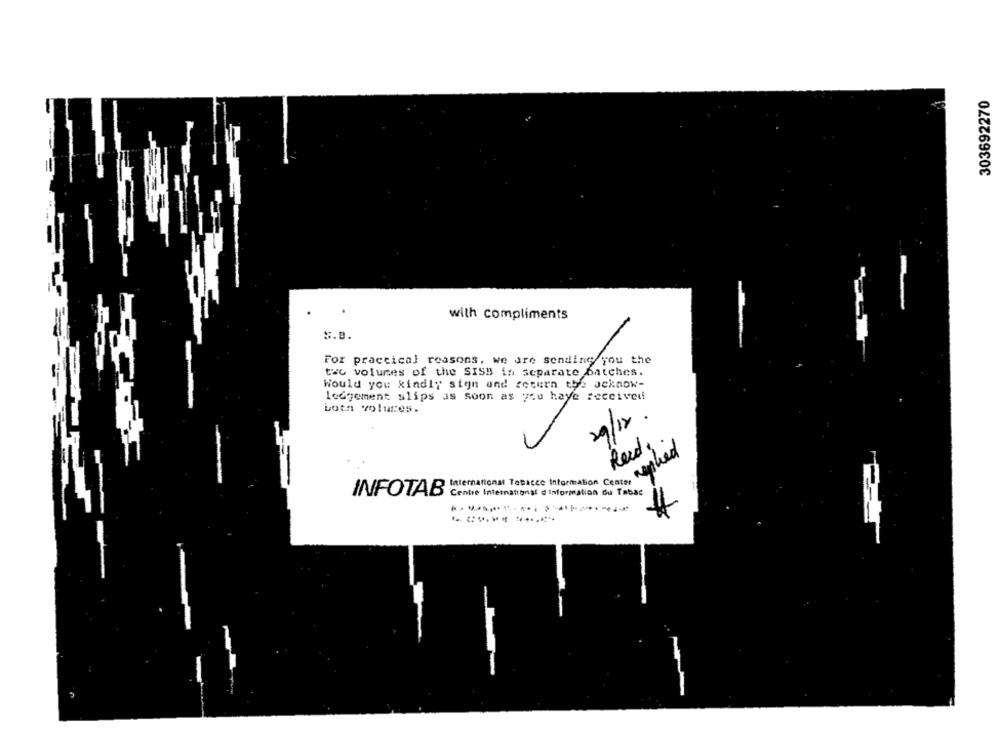
303692270
.
with compliments
N.B.
For practical reasons. we are sending you the
the volumes of the SISB in separate batches.
Would you kindly sign and return the acknow-
ledgement slips as soon as you have received
botn voluces.
29/12
Reed:
INFOTAB bernational Tetacce information com asque
Centre International @ information du Tabac